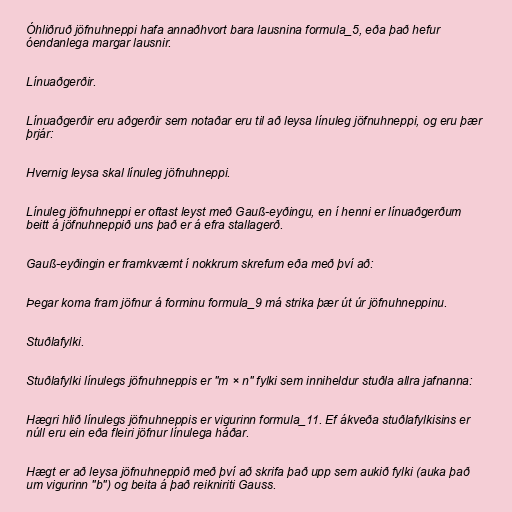
Óhliðruð jöfnuhneppi hafa annaðhvort bara lausnina formula_5, eða það hefur
óendanlega margar lausnir.

Línuaðgerðir.

Línuaðgerðir eru aðgerðir sem notaðar eru til að leysa línuleg jöfnuhneppi, og eru þær
þrjár:

Hvernig leysa skal línuleg jöfnuhneppi.

Línuleg jöfnuhneppi er oftast leyst með Gauß-eyðingu, en í henni er línuaðgerðum
beitt á jöfnuhneppið uns það er á efra stallagerð.

Gauß-eyðingin er framkvæmt í nokkrum skrefum eða með því að:

Þegar koma fram jöfnur á forminu formula_9 má strika þær út úr jöfnuhneppinu.

Stuðlafylki.

Stuðlafylki línulegs jöfnuhneppis er "m × n" fylki sem inniheldur stuðla allra jafnanna:

Hægri hlið línulegs jöfnuhneppis er vigurinn formula_11. Ef ákveða stuðlafylkisins er
núll eru ein eða fleiri jöfnur línulega háðar.

Hægt er að leysa jöfnuhneppið með því að skrifa það upp sem aukið fylki (auka það
um vigurinn "b") og beita á það reikniriti Gauss.